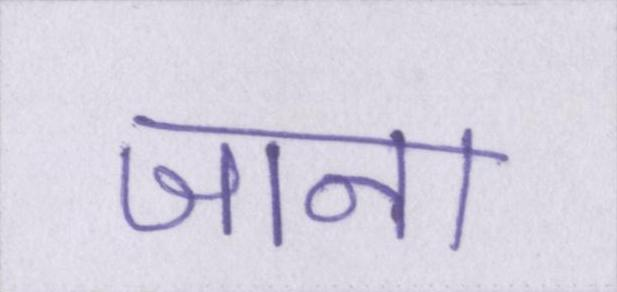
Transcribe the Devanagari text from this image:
जाना